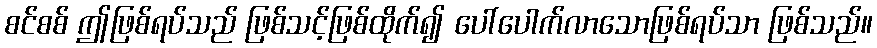
စင်စစ် ဤဖြစ်ရပ်သည် ဖြစ်သင့်ဖြစ်ထိုက်၍ ပေါ်ပေါက်လာသောဖြစ်ရပ်သာ ဖြစ်သည်။